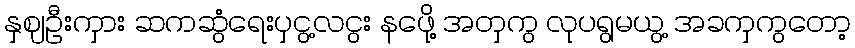
နှဈဦးကှား ဆကဆွံရေးပှငွ့လငွး နဖေို့ အတှကွ လုပရွမယွ့ အခကှကွတော့